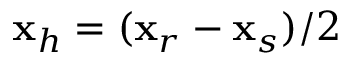
{ \bf x } _ { h } = ( { \bf x } _ { r } - { \bf x } _ { s } ) / 2